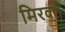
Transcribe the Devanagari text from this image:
मिरवलें